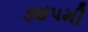
૭૪૫મી